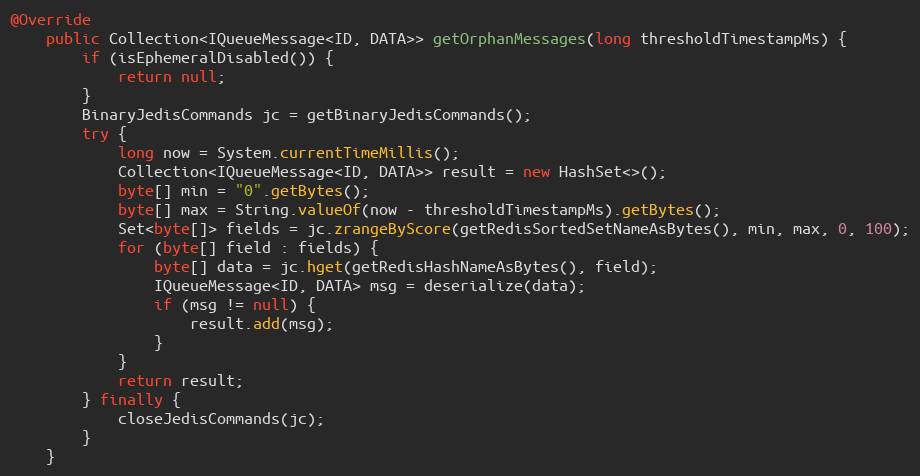
Language: Java
@Override
    public Collection<IQueueMessage<ID, DATA>> getOrphanMessages(long thresholdTimestampMs) {
        if (isEphemeralDisabled()) {
            return null;
        }
        BinaryJedisCommands jc = getBinaryJedisCommands();
        try {
            long now = System.currentTimeMillis();
            Collection<IQueueMessage<ID, DATA>> result = new HashSet<>();
            byte[] min = "0".getBytes();
            byte[] max = String.valueOf(now - thresholdTimestampMs).getBytes();
            Set<byte[]> fields = jc.zrangeByScore(getRedisSortedSetNameAsBytes(), min, max, 0, 100);
            for (byte[] field : fields) {
                byte[] data = jc.hget(getRedisHashNameAsBytes(), field);
                IQueueMessage<ID, DATA> msg = deserialize(data);
                if (msg != null) {
                    result.add(msg);
                }
            }
            return result;
        } finally {
            closeJedisCommands(jc);
        }
    }